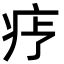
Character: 𬏝